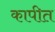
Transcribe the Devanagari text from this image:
कापीत